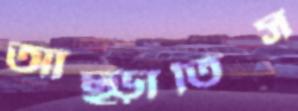
আছ্‌ড়াতিস